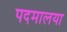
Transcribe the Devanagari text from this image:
पदमालया